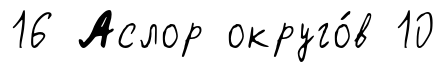
16 Аслор округо́в 10